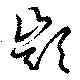
顗